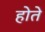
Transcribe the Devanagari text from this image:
होते